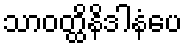
သာဝတ္ထိနိဒါနံပေ